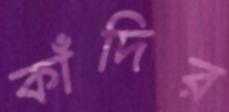
কাঁদির